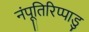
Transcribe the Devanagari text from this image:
नंपूतिरिप्पाडु